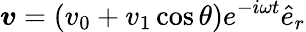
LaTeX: \boldsymbol{v}=(v_{0}+v_{1}\cos\theta)e^{-i\omega t}\hat{e}_{r}